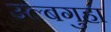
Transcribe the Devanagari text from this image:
उल्बगुहा